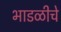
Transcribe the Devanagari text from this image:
भाडळीचे